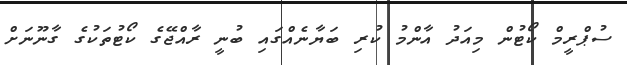
ސުޕްރީމް ކޯޓުން މިއަދު އާންމު ކުރި ބަޔާނެއްގައި ބުނީ ރާއްޖޭގެ ކޯޓުތަކުގެ ގާނޫނަށް